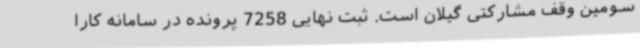
سومین وقف مشارکتی گیلان است. ثبت نهایی 7258 پرونده در سامانه کارا